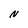
Character: N